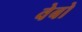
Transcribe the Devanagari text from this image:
वेबो